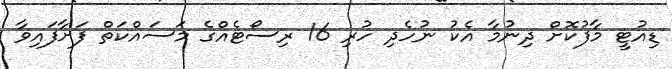
ޑިއުޓީ މާފުކޮށް ދިނުމާ އެކު ނުހެދި ހުރި 16 ރިސޯޓެއްގެ މަސައްކަތް ފަށާފައިވާ